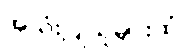
အသုံးပြုသူများထံ